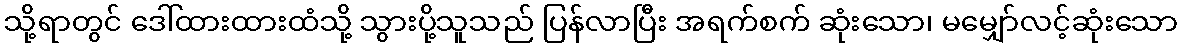
သို့ရာတွင် ဒေါ်ထားထားထံသို့ သွားပို့သူသည် ပြန်လာပြီး အရက်စက် ဆုံးသော၊ မမျှော်လင့်ဆုံးသော